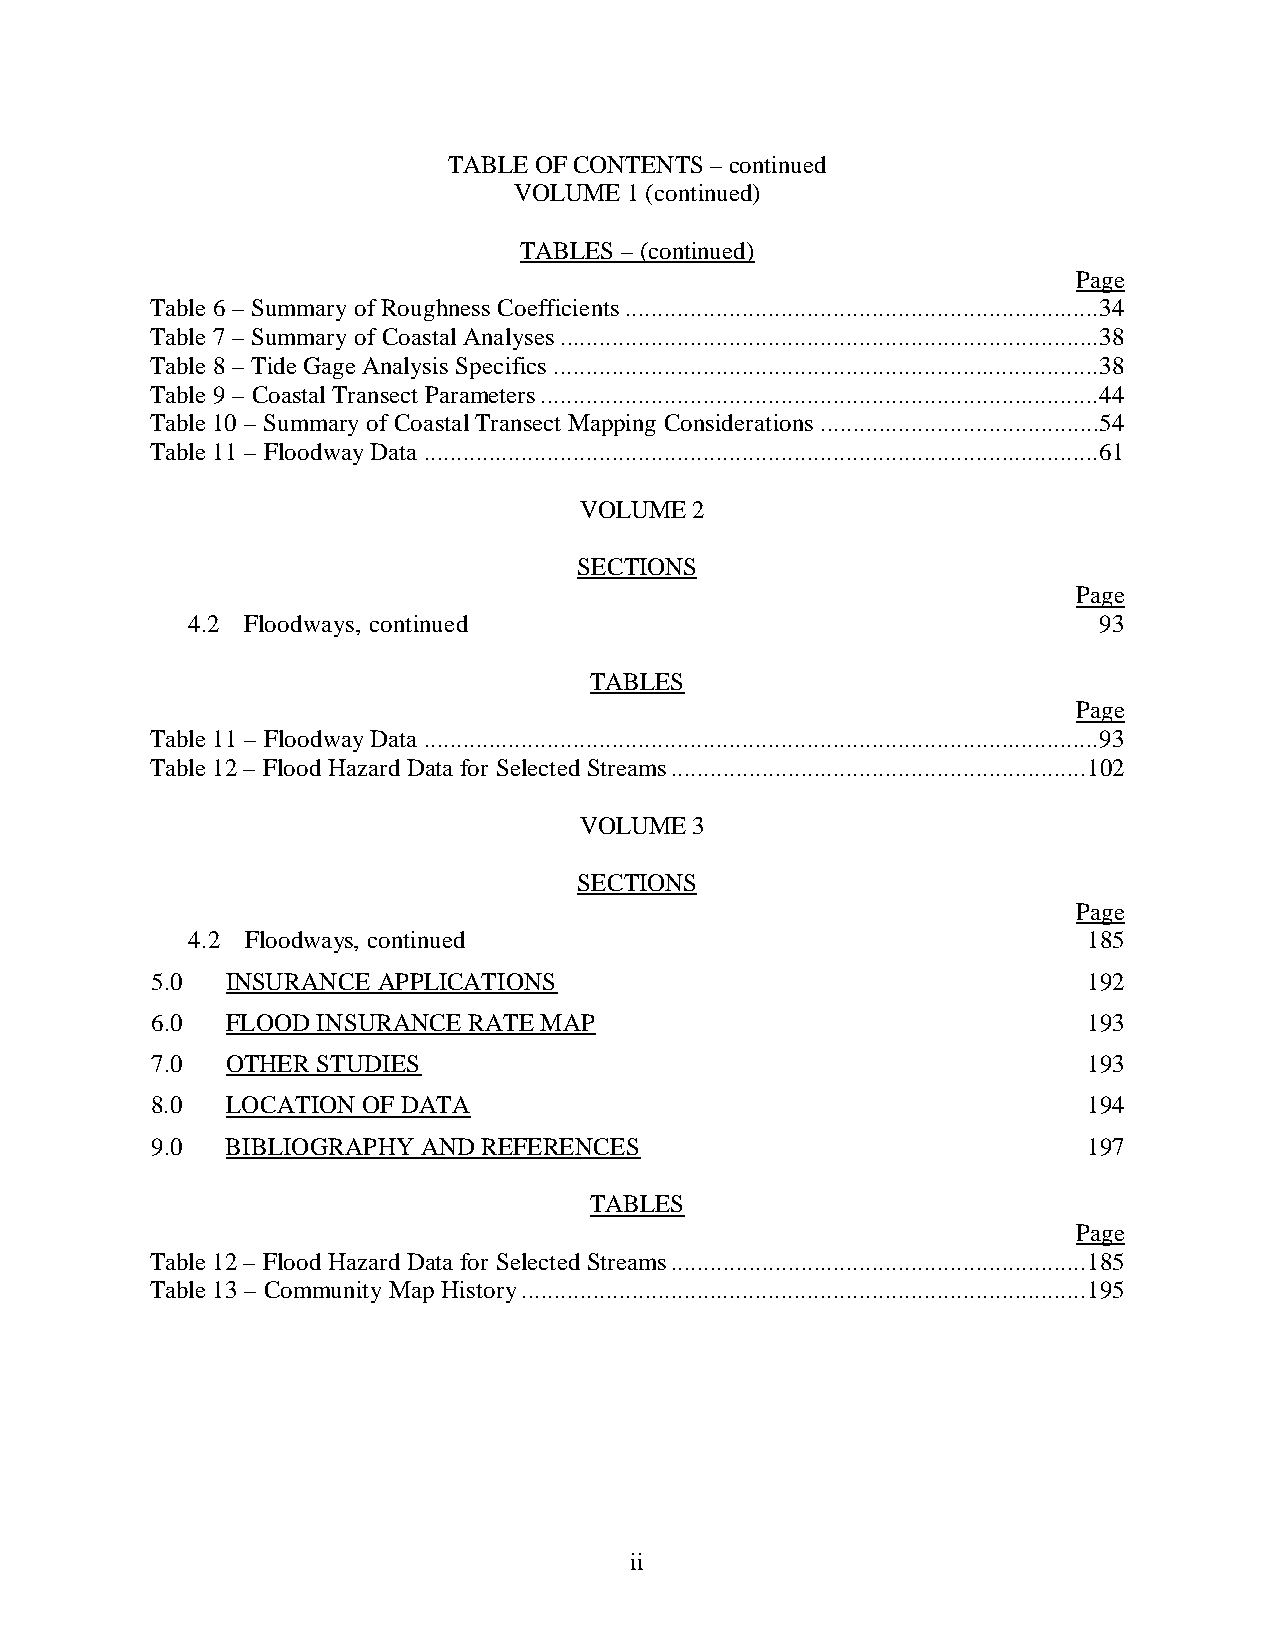
TABLE OF CONTENTS – continued
 VOLUME 1 (continued)
 TABLES – (continued)
 Page
 Table 6 – Summary of Roughness Coefficients ......................................................................... 34
 Table 7 – Summary of Coastal Analyses ................................................................................... 38
 Table 8 – Tide Gage Analysis Specifics .................................................................................... 38
 Table 9 – Coastal Transect Parameters ...................................................................................... 44
 Table 10 – Summary of Coastal Transect Mapping Considerations ........................................... 54
 Table 11 – Floodway Data ........................................................................................................ 61
 VOLUME  2
 SECTIONS
 Page
 4.2 Floodways, continued                                     93
 TABLES
 Page
 Table 11 – Floodway Data ........................................................................................................ 93
 Table 12 – Flood Hazard Data for Selected Streams ................................................................ 102
 VOLUME  3
 SECTIONS
 Page
 4.2 Floodways, continued                                    185
 5.0  INSURANCE APPLICATIONS                                   192
 6.0  FLOOD INSURANCE RATE MAP                                 193
 7.0  OTHER STUDIES                                            193
 8.0  LOCATION OF DATA                                         194
 9.0  BIBLIOGRAPHY AND REFERENCES                              197
 TABLES
 Page
 Table 12 – Flood Hazard Data for Selected Streams ................................................................ 185
 Table 13 – Community Map History ....................................................................................... 195
 ii